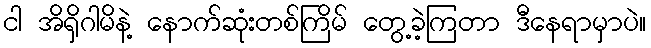
ငါ အိရှိဂါမိနဲ့ နောက်ဆုံးတစ်ကြိမ် တွေ့ခဲ့ကြတာ ဒီနေရာမှာပဲ။